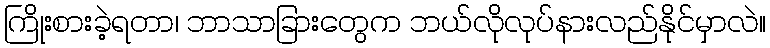
ကြိုးစားခဲ့ရတာ၊ ဘာသာခြားတွေက ဘယ်လိုလုပ်နားလည်နိုင်မှာလဲ။